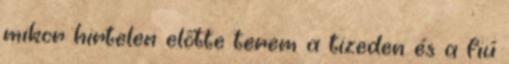
mikor hirtelen előtte terem a tizeden és a fiú